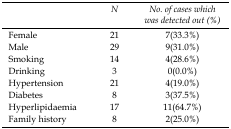
<table><thead><tr><td></td><td><b>N</b></td><td><b>Number of cases which was detected out (%)</b></td></tr></thead><tbody><tr><td>Female</td><td>21</td><td>7(33.3%)</td></tr><tr><td>Male</td><td>29</td><td>9(31.0%)</td></tr><tr><td>Smoking</td><td>14</td><td>4(28.6%)</td></tr><tr><td>Drinking</td><td>3</td><td>0(0.0%)</td></tr><tr><td>Hypertension</td><td>21</td><td>4(19.0%)</td></tr><tr><td>Diabetes</td><td>8</td><td>3(37.5%)</td></tr><tr><td>Hyperlipidaemia</td><td>17</td><td>11(64.7%)</td></tr><tr><td>Family history</td><td>8</td><td>2(25.0%)</td></tr></tbody></table>